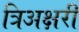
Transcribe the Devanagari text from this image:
त्रिअक्षरी